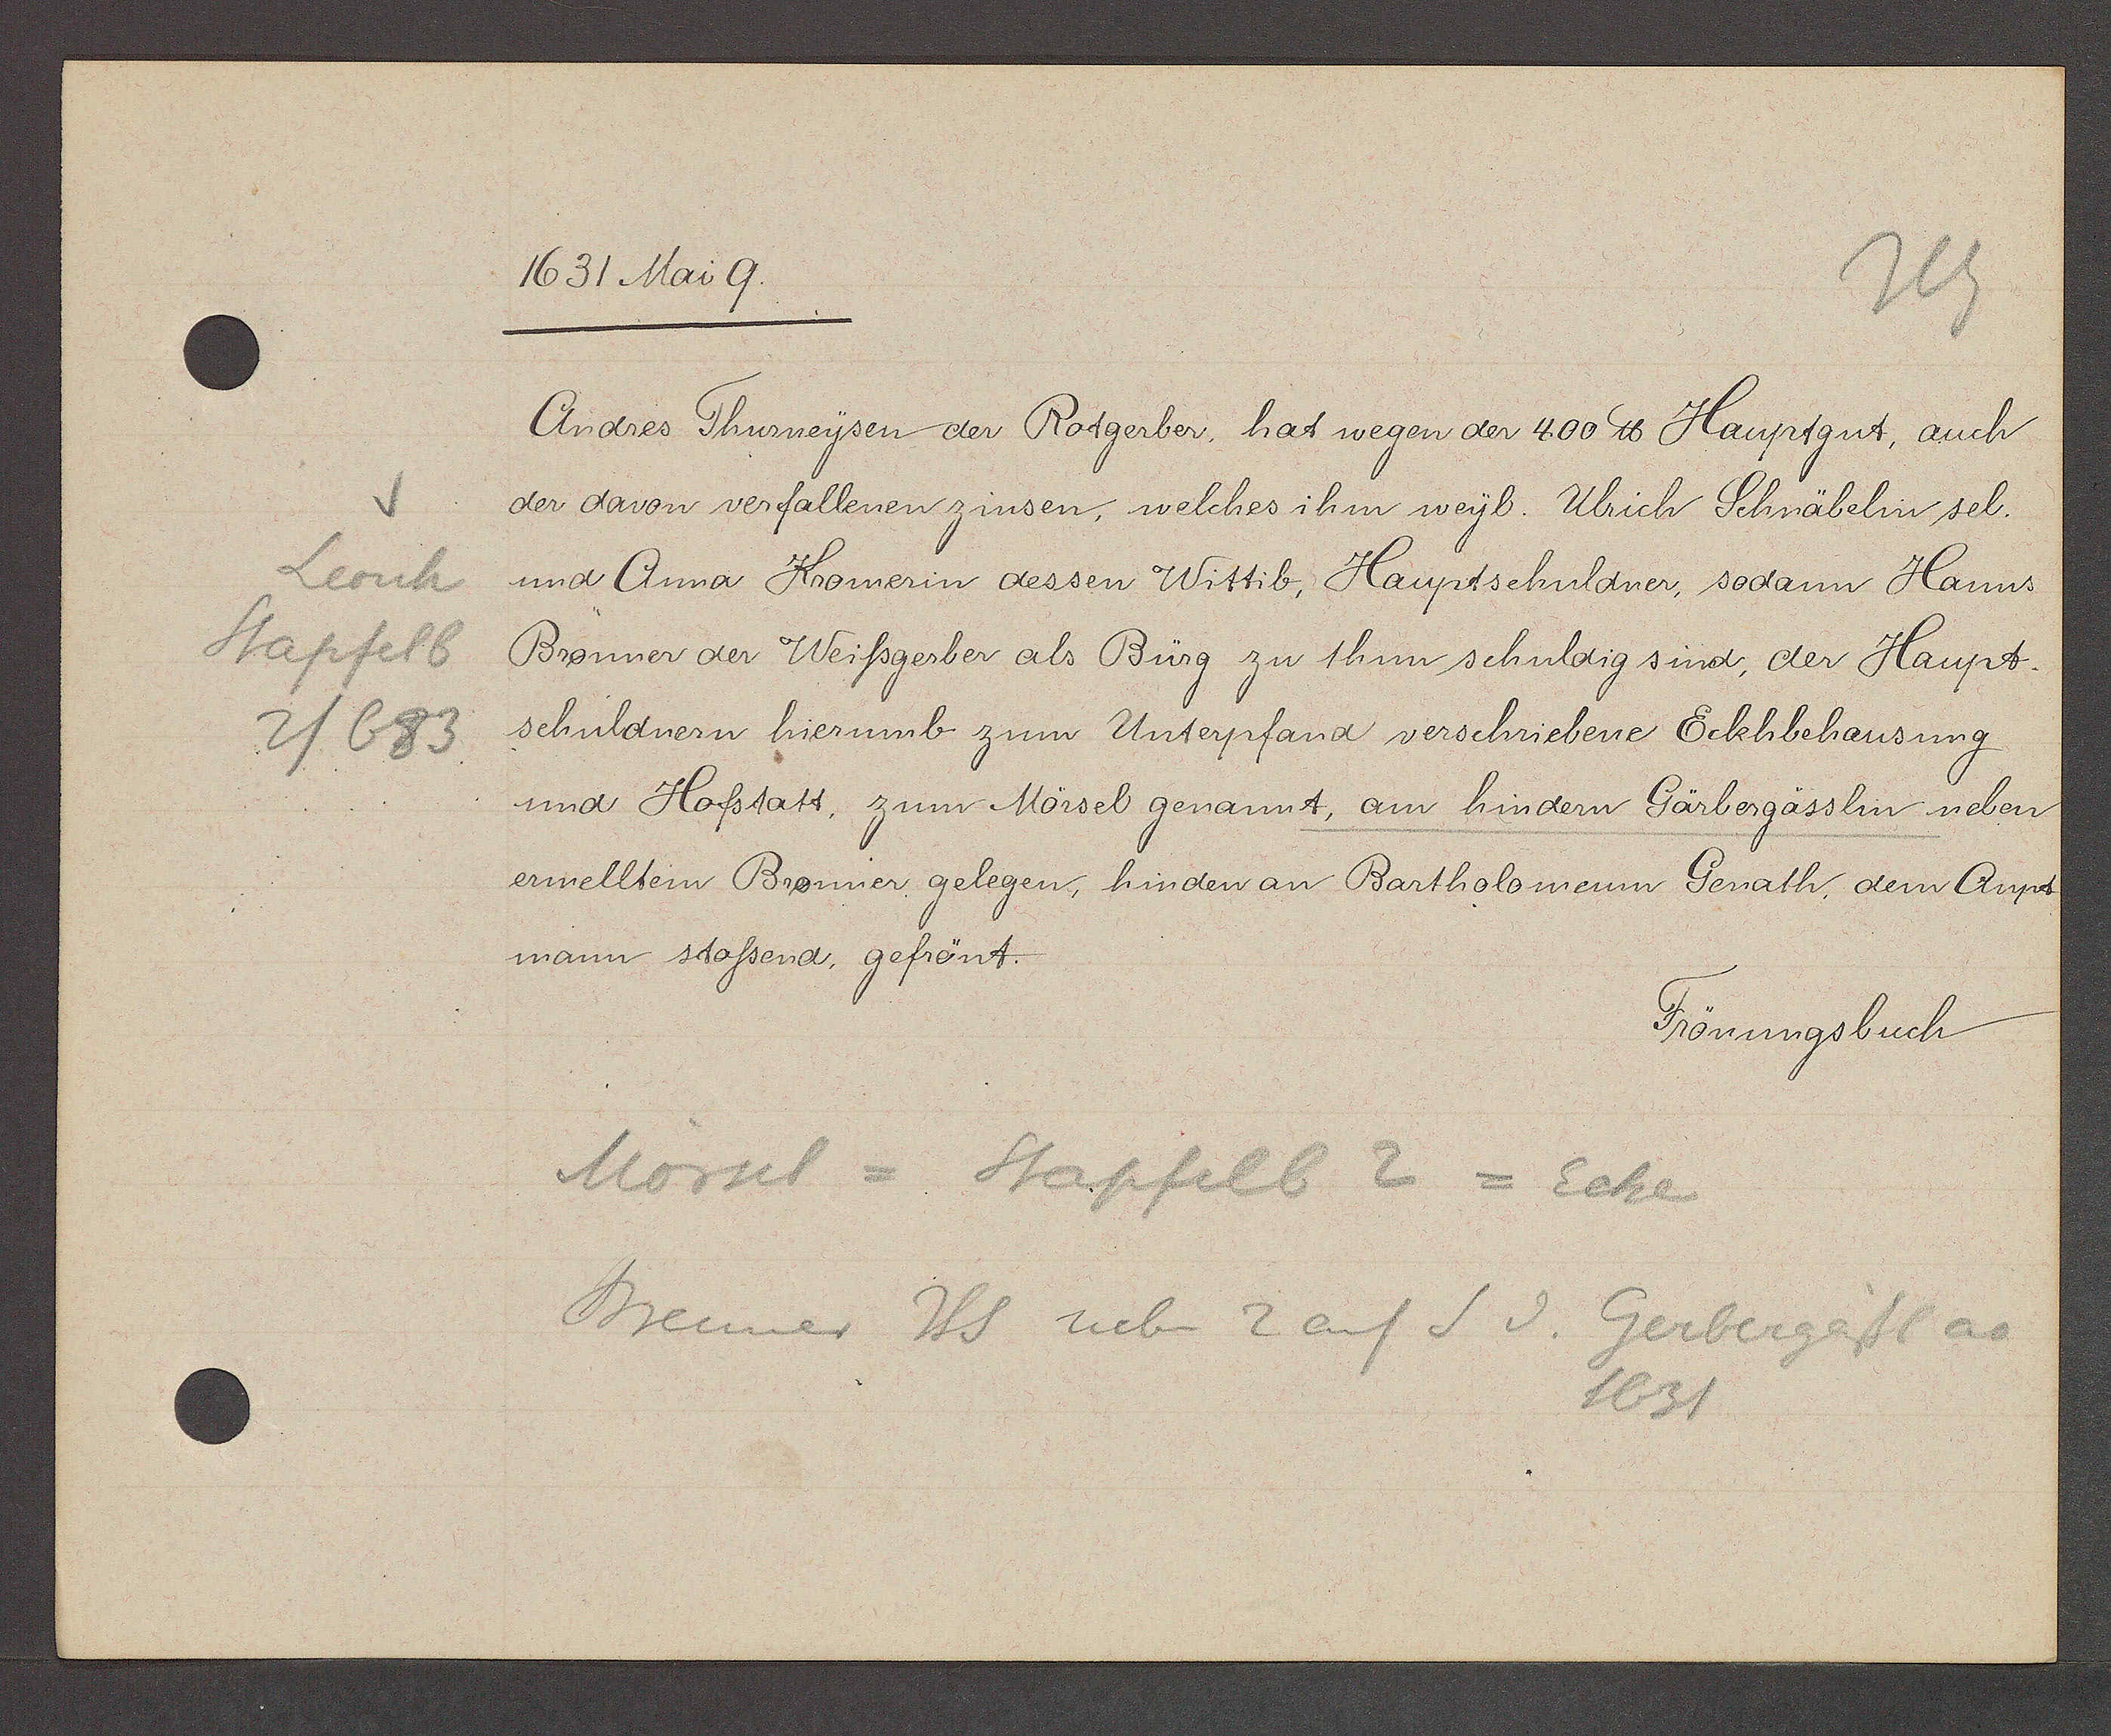
Transcript:
V
Leonh
Stapfelb
2/683.

1631 Mai 9.

Andres Thurneysen der Rotgerber, hat wegen der 400 ℔ Hauptgut, auch
der davon verfallenen zinsen, welches ihm weyl. Ulrich Schnäbelin sel.
und Anna Kromerin dessen Wittib, Hauptschuldner, sodann Hanns
Brönner der Weissgerber als Bürg zu thun schuldig sind, der Haupt¬
schuldnern hierumb zum Unterpfand verschriebene Eckhbehausung
und Hofstatt, zum Mörsel genannt, am hindern Gärbergässlin neben
ermelltein Bronnier gelegen, hinder an Bartholomeum Genath, dem Aupt
mann stossend, gefrönt.

Frönungsbuch

Mörsel = Stapfelb 2 = Ecke
Breumer Hs neben 2 auf S v. Gerbergässl ao
1631